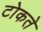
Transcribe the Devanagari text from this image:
टोकते